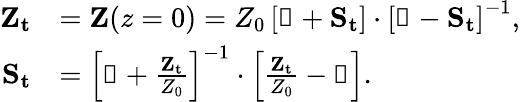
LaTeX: \begin{array}{rl}{\mathbf{Z_{t}}}&{=\mathbf{Z}(z=0)=Z_{0}\left[\mathbb{1}+\mathbf{S_{t}}\right]\cdot\left[\mathbb{1}-\mathbf{S_{t}}\right]^{-1},}\\ {\mathbf{S_{t}}}&{=\left[\mathbb{1}+\frac{\mathbf{Z_{t}}}{Z_{0}}\right]^{-1}\cdot\left[\frac{\mathbf{Z_{t}}}{Z_{0}}-\mathbb{1}\right].}\end{array}